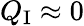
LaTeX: Q_{\mathrm{I}}\approx 0